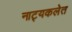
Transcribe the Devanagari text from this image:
नाट्यकलेत